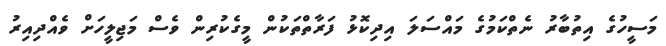
މަސީހުގެ އިތުބާރު ނެތްކަމުގެ މައްސަލަ އިދިކޮޅު ފަރާތްތަކުން މީގެކުރިން ވެސް މަޖިލީހަށް ވެއްދިއިރު